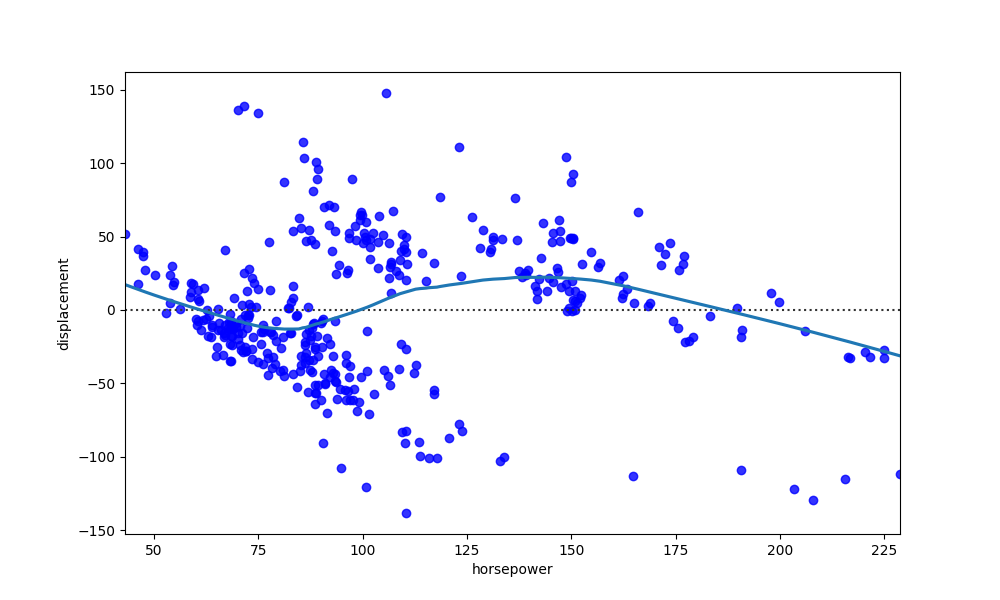
python, seaborn, residplot, lowess=True, scatter_color=blue